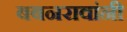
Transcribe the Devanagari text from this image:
बबनरावांनी